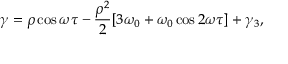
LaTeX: \gamma = \rho \cos \omega \tau - \frac { \rho ^ { 2 } } { 2 } [ 3 \omega _ { 0 } + \omega _ { 0 } \cos 2 \omega \tau ] + \gamma _ { 3 } ,